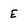
Character: E